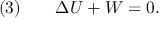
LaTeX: { \mathrm { ( 3 ) } } \qquad \Delta U + W = 0 .